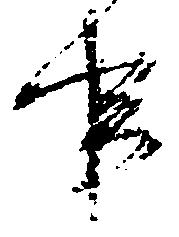
事